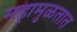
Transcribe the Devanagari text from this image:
महामुळतात